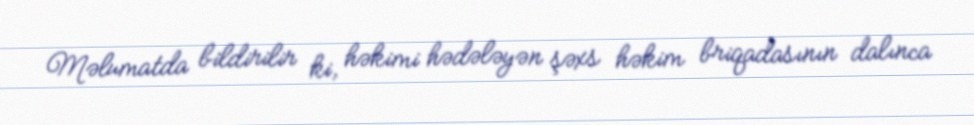
Məlumatda bildirilir ki, həkimi hədələyən şəxs həkim briqadasının dalınca